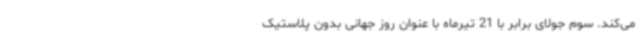
می‌کند. سوم جولای برابر با 21 تیرماه با عنوان روز جهانی بدون پلاستیک